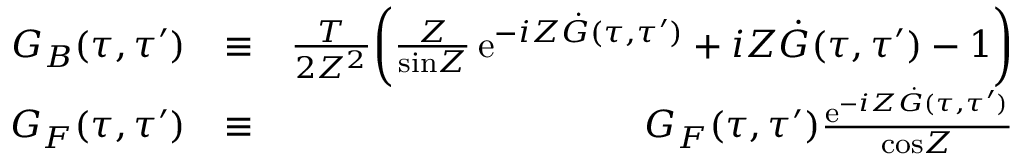
\begin{array} { r l r } { { \cal G } _ { B } ( \tau , \tau ^ { \prime } ) } & { \equiv } & { \frac { T } { 2 { \cal Z } ^ { 2 } } \biggl ( { \frac { \cal Z } { \mathrm { s i n } { \cal Z } } } \, \mathrm { e } ^ { - i { \cal Z } \dot { G } ( \tau , \tau ^ { \prime } ) } + i { \cal Z } \dot { G } ( \tau , \tau ^ { \prime } ) - 1 \biggr ) } \\ { { \cal G } _ { F } ( \tau , \tau ^ { \prime } ) } & { \equiv } & { G _ { F } ( \tau , \tau ^ { \prime } ) { \frac { \mathrm { e } ^ { - i { \cal Z } \dot { G } ( \tau , \tau ^ { \prime } ) } } { \mathrm { c o s } { \cal Z } } } } \end{array}